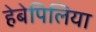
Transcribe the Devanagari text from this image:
हेबेपिलिया